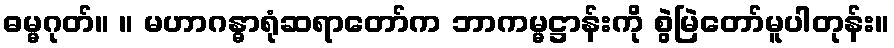
ဓမ္မဂုတ်။ ။ မဟာဂန္ဓာရုံဆရာတော်က ဘာကမ္မဋ္ဌာန်းကို စွဲမြဲတော်မူပါတုန်း။